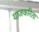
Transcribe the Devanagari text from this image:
याजकरिता